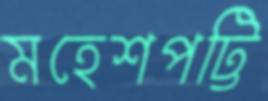
মহেশপট্টি